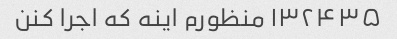
۱۳۲۴۳۵ منظورم اینه که اجرا کنن